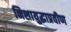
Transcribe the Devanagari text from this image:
निशायुद्धाप्रवीण